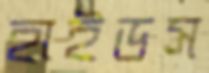
হাইডস